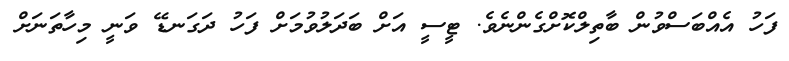
ފަހު އެއްބަސްވުން ބާތިލްކޮށްގެންނެވެ. ޓީސީ އަށް ބަދަލުވުމަށް ފަހު ދަގަނޑޭ ވަނީ މިހާތަނަށް